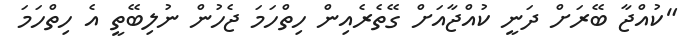
"ކުއްޖާ ބޭރަށް ދަނީ ކުއްޖާއަށް ގޭތެރެއިން ހިތްހަމަ ޖެހުން ނުލިބޭތީ އެ ހިތްހަމަ